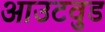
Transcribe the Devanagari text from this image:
आउटवुड